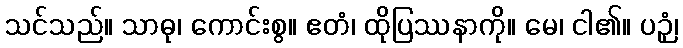
သင်သည်။ သာဓု၊ ကောင်းစွ။ ဧတံ၊ ထိုပြဿနာကို။ မေ၊ ငါ၏။ ပဉှံ၊